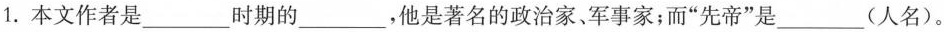
1.本文作者是___时期的___，他是著名的政治家、军事家；而”先帝”是___(人名)。